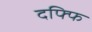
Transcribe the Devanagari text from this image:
दफ्फि